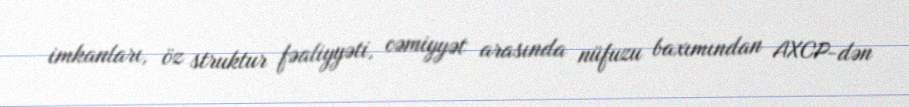
imkanları, öz struktur fəaliyyəti, cəmiyyət arasında nüfuzu baxımından AXCP-dən